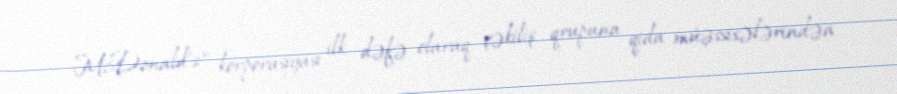
McDonald's" korporasiyası ilk dəfə olaraq çəkiliş qrupuna qida müəssisələrindən